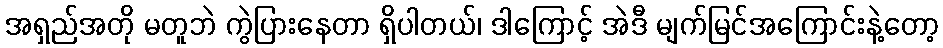
အရှည်အတို မတူဘဲ ကွဲပြားနေတာ ရှိပါတယ်၊ ဒါကြောင့် အဲဒီ မျက်မြင်အကြောင်းနဲ့တော့